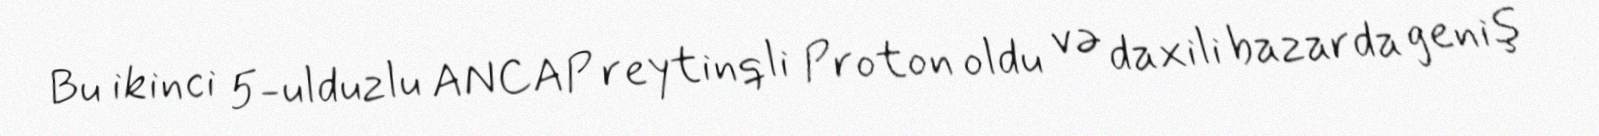
Bu ikinci 5-ulduzlu ANCAP reytinqli Proton oldu və daxili bazarda geniş